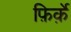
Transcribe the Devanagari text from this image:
फ़िर्क़े